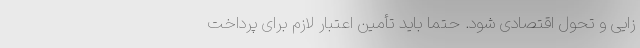
زایی و تحول اقتصادی شود. حتماً باید تأمین اعتبار لازم برای پرداخت